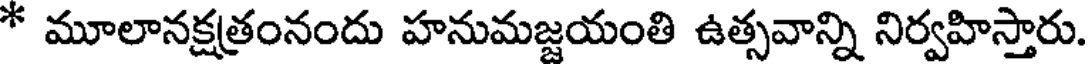
* మూలానక్షత్రంనందు హనుమజ్జయంతి ఉత్సవాన్ని నిర్వహిస్తారు.